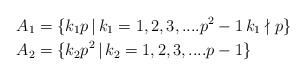
LaTeX: \begin{align*} A_{1}&=\{k_{1}p\,|\,k_{1}= 1,2,3,....p^{2}-1\, k_{1}\nmid p\} \\ A_{2}&=\{k_{2}p^2\,|\,k_{2} =1,2,3,....p-1\}\end{align*}